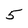
Character: 5